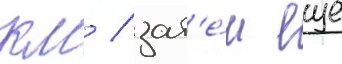
км / зат'е́м еще